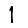
Digit: 1